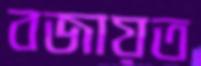
বজায়ত